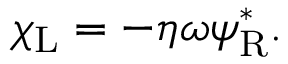
\chi _ { \mathrm { { L } } } = - \eta \omega \psi _ { \mathrm { { R } } } ^ { * } .